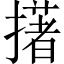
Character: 擆